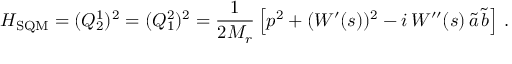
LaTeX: H _ { \mathrm { S Q M } } = ( Q _ { 2 } ^ { 1 } ) ^ { 2 } = ( Q _ { 1 } ^ { 2 } ) ^ { 2 } = \frac { 1 } { 2 M _ { r } } \left[ p ^ { 2 } + ( W ^ { \prime } ( s ) ) ^ { 2 } - i \, W ^ { \prime \prime } ( s ) \, \tilde { a } \, \tilde { b } \right] \, .